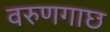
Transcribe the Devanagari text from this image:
वरुणगाछ